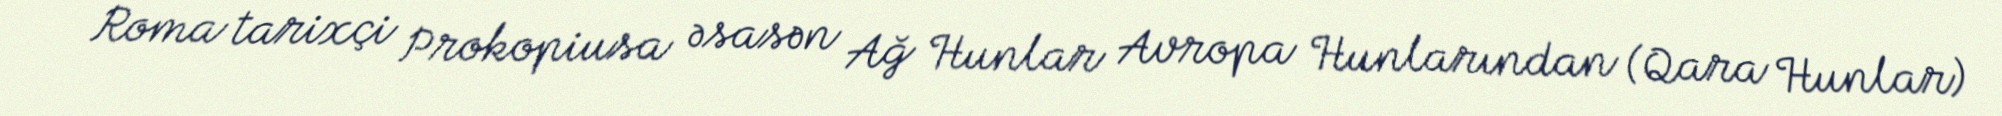
Roma tarixçi Prokopiusa əsasən Ağ Hunlar Avropa Hunlarından (Qara Hunlar)